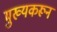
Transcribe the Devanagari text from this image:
मुख्यकरून